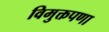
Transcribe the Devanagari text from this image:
विमुक्तपणा